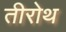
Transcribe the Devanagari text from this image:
तीरोथ